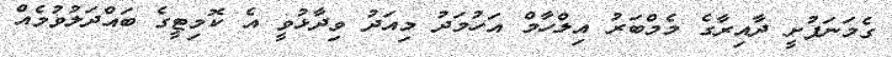
ގެމަނަފުށީ ދާއިރާގެ މެމްބަރު އިލްހާމް އަހުމަދު މިއަދު ވިދާޅުވީ އެ ކޮމިޓީގެ ބައްދަލުވުމެއް